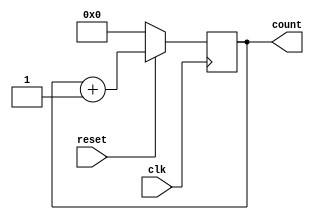
`timescale 1ns / 1ps
//////////////////////////////////////////////////////////////////////////////////
// Company: 
// Engineer: 
// 
// Design Name: 
// Module Name:    counter 
// Project Name: 
// Target Devices: 
// Tool versions: 
// Description: 
//
// Dependencies: 
//
// Revision: 
// Revision 0.01 - File Created
// Additional Comments: 
//
//////////////////////////////////////////////////////////////////////////////////
module counter(clk,reset,count);
input clk;
input reset;
output reg[14:0]count;
always @(posedge clk )
begin
if(!reset) 
	  begin
	  count<=0;
	  end
else
count<=count+1;
end

endmodule